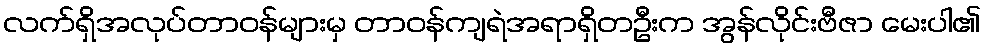
လက်ရှိအလုပ်တာဝန်များမှ တာဝန်ကျရဲအရာရှိတဦးက အွန်လိုင်းဗီဇာ မေးပါ၏